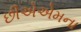
છીએએમના